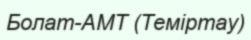
Болат-АМТ (Теміртау)